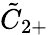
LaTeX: {\tilde{C}}_{2+}